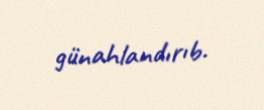
günahlandırıb.